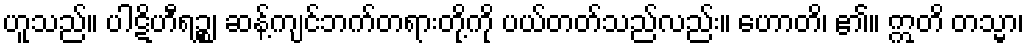
ဟူသည်။ ပါဋိဟီရဉ္စ၊ ဆန့်ကျင်ဘက်တရားတို့ကို ပယ်တတ်သည်လည်း။ ဟောတိ၊ ၏။ ဣတိ တသ္မာ၊